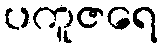
ပကူဇရေ